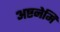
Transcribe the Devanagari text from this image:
अष्टनेमि